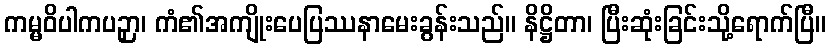
ကမ္မဝိပါကပဉှာ၊ ကံ၏အကျိုးပေပြဿနာမေးခွန်းသည်။ နိဋ္ဌိတာ၊ ပြီးဆုံးခြင်းသို့ရောက်ပြီ။